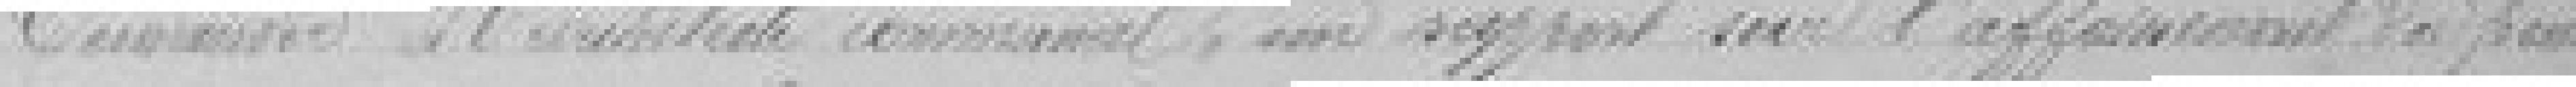
Conseiller  d'architecte communal , un rapport sur l'affaissement ??